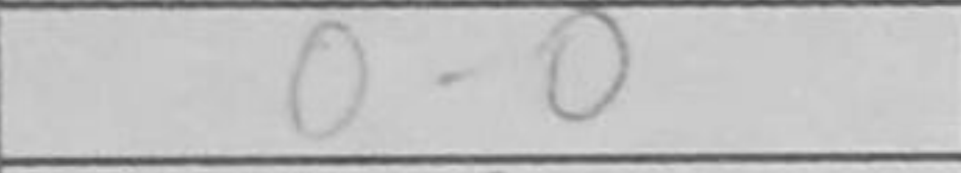
Transcription: O-O